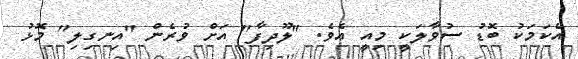
އެކަމަކު ބޮޑު ސުވާލަކީ މިއީ އެވެ. "ލޫދިފާ" އަށް ވުރެން "އިނގިލި" މޮޅު